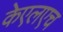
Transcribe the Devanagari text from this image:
केएलएच